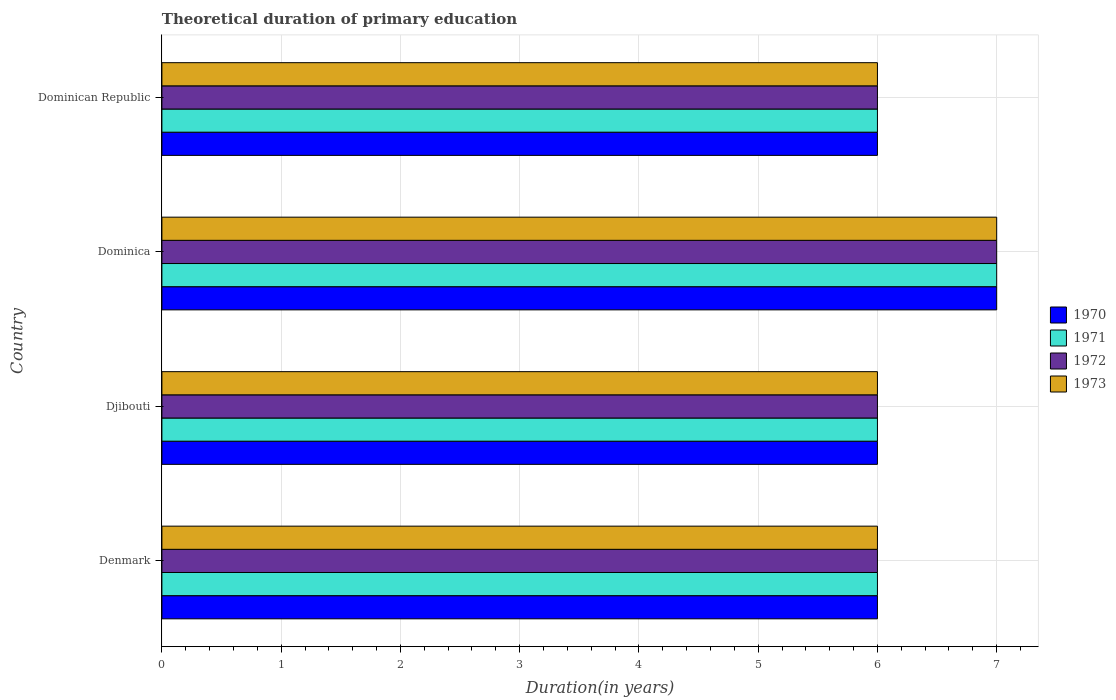
| Country | 1970 | 1971 | 1972 | 1973 |
 | --- | --- | --- | --- | --- |
 | Denmark | 6 | 6 | 6 | 6 |
 | Djibouti | 6 | 6 | 6 | 6 |
 | Dominica | 7 | 7 | 7 | 7 |
 | Dominican Republic | 6 | 6 | 6 | 6 |